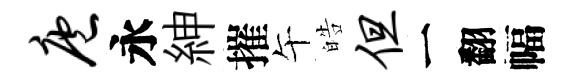
庖永紳摧午皓但一翻幅